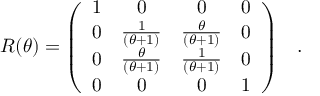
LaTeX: R ( \theta ) = \left( \begin{array} { c c c c } { { 1 } } & { { 0 } } & { { 0 } } & { { 0 } } \\ { { 0 } } & { { \frac { 1 } { ( \theta + 1 ) } } } & { { \frac { \theta } { ( \theta + 1 ) } } } & { { 0 } } \\ { { 0 } } & { { \frac { \theta } { ( \theta + 1 ) } } } & { { \frac { 1 } { ( \theta + 1 ) } } } & { { 0 } } \\ { { 0 } } & { { 0 } } & { { 0 } } & { { 1 } } \end{array} \right) \; \; \; .